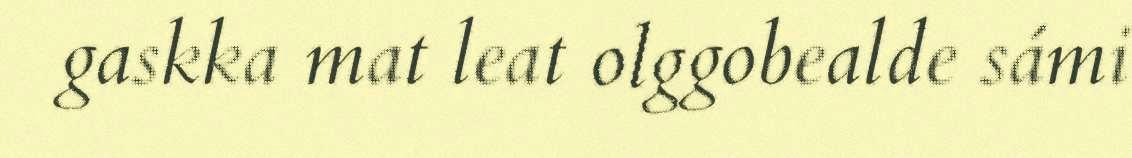
gaskka mat leat olggobealde sámi